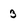
Character: 3